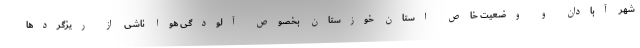
شهر آبادان و وضعیت خاص استان خوزستان بخصوص آلودگی هوا ناشی از ریزگردها